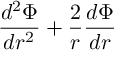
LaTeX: \frac { d ^ { 2 } \Phi } { d r ^ { 2 } } + \frac { 2 } { r } \frac { d \Phi } { d r }